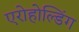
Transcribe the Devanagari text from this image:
एरोहोल्डिंग